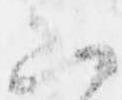
山